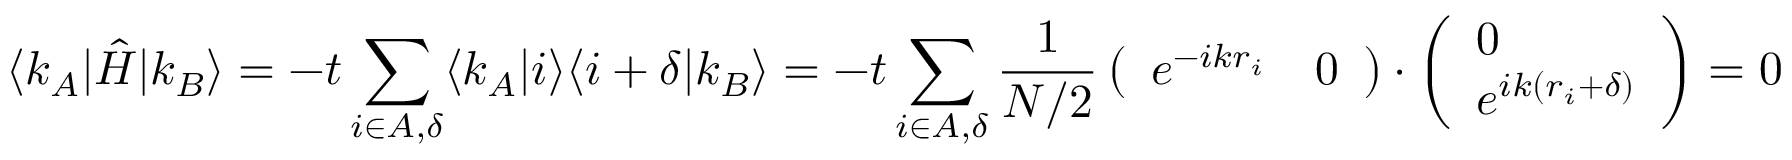
\langle k _ { A } | \hat { H } | k _ { B } \rangle = - t \sum _ { i \in A , \delta } \langle k _ { A } | i \rangle \langle i + \delta | k _ { B } \rangle = - t \sum _ { i \in A , \delta } \frac { 1 } { N / 2 } \left( \begin{array} { l l } { e ^ { - i k r _ { i } } } & { 0 } \end{array} \right) \cdot \left( \begin{array} { l } { 0 } \\ { e ^ { i k ( r _ { i } + \delta ) } } \end{array} \right) = 0